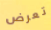
تعرض